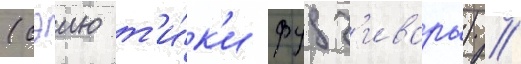
(сэию т'и́к'и фудз'ивары) //